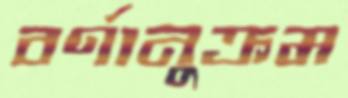
বর্ণানুক্রম